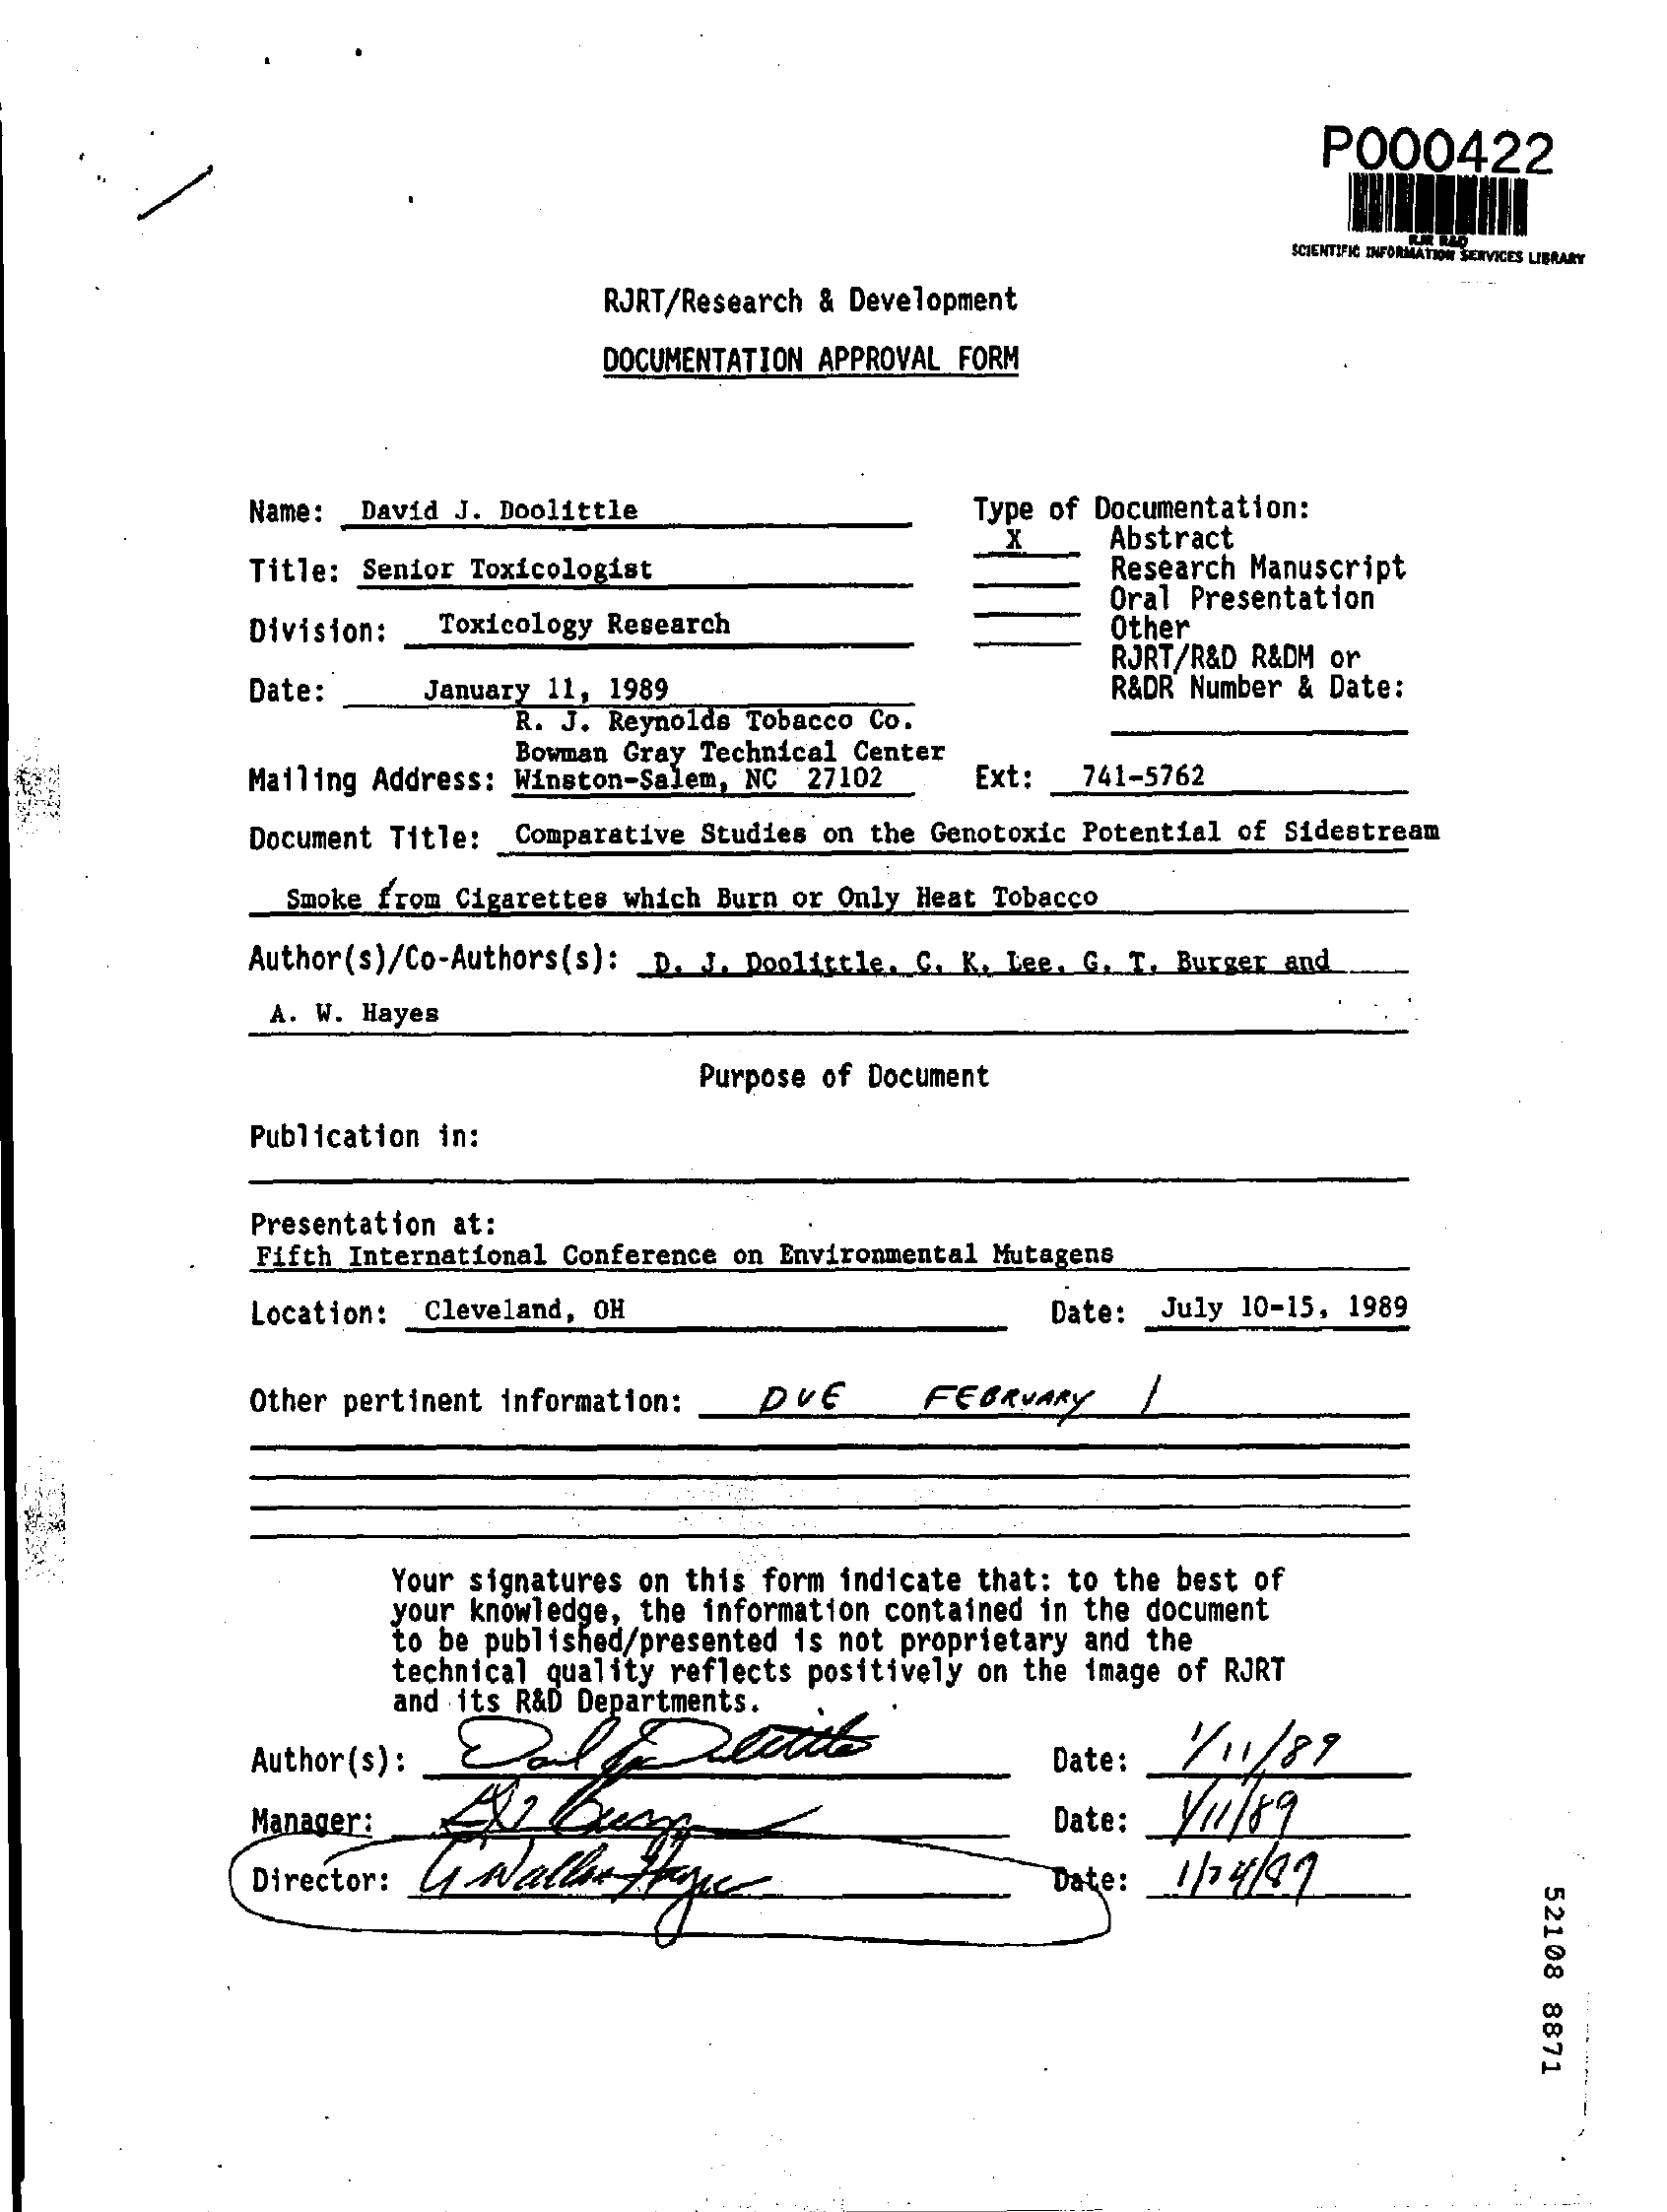
P000422
     SCIENTIFIC INFORMATION BE MATION SERVICES LIBRARY
     RJRT/Research & Development
     DOCUMENTATION APPROVAL FORM
     Name: David J. Doolittle    Type of Documentation:
     Title: Senior Toxicologist
     Abstract
     Research Manuscript
     Division:  Toxicology Research
     Oral Presentation
     Other
     RJRT/R&D R&DM or
     Date:    January 11, 1989
     R. J. Reynolds Tobacco Co.
     R&DR Number & Date:
     Bowman Gray Technical Center
     Mailing Address: Winston-Salem, NC 27102 Ext:  741-5762
     Document Title: Comparative Studies on the Genotoxic Potential of Sidestream
     Smoke from Cigarettes which Burn or Only Heat Tobacco
     Author(s)/Co-Authors(s): D. J. Doolittle. C. K. Lee. G. T. Burger and
     A. W. Hayes
     Purpose of Document
     Publication in:
     Presentation at:
     Fifth International Conference on Environmental Mutagens
     Location: Cleveland, OH    Date: July 10-15, 1989
     Other pertinent information: DUE    FEBRUARY
     Your signatures on this form indicate that: to the best of
     your knowledge, the information contained in the document
     to be published/presented is not proprietary and the
     technical quality reflects positively on the image of RJRT
     and its R&D Departments.
     Author(s):    1/ 11/ 89 Date:
     Manager:    Date:
     Director:   Nettoyage    Date:
     52108
     8871